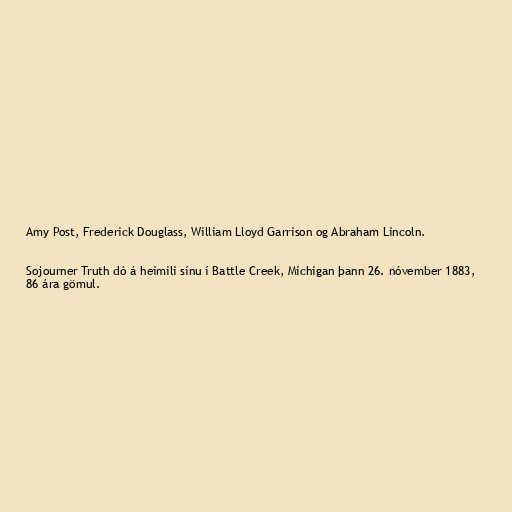
Amy Post, Frederick Douglass, William Lloyd Garrison og Abraham Lincoln.

Sojourner Truth dó á heimili sínu í Battle Creek, Michigan þann 26. nóvember 1883,
86 ára gömul.